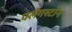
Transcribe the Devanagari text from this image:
फ्लैगस्टोन